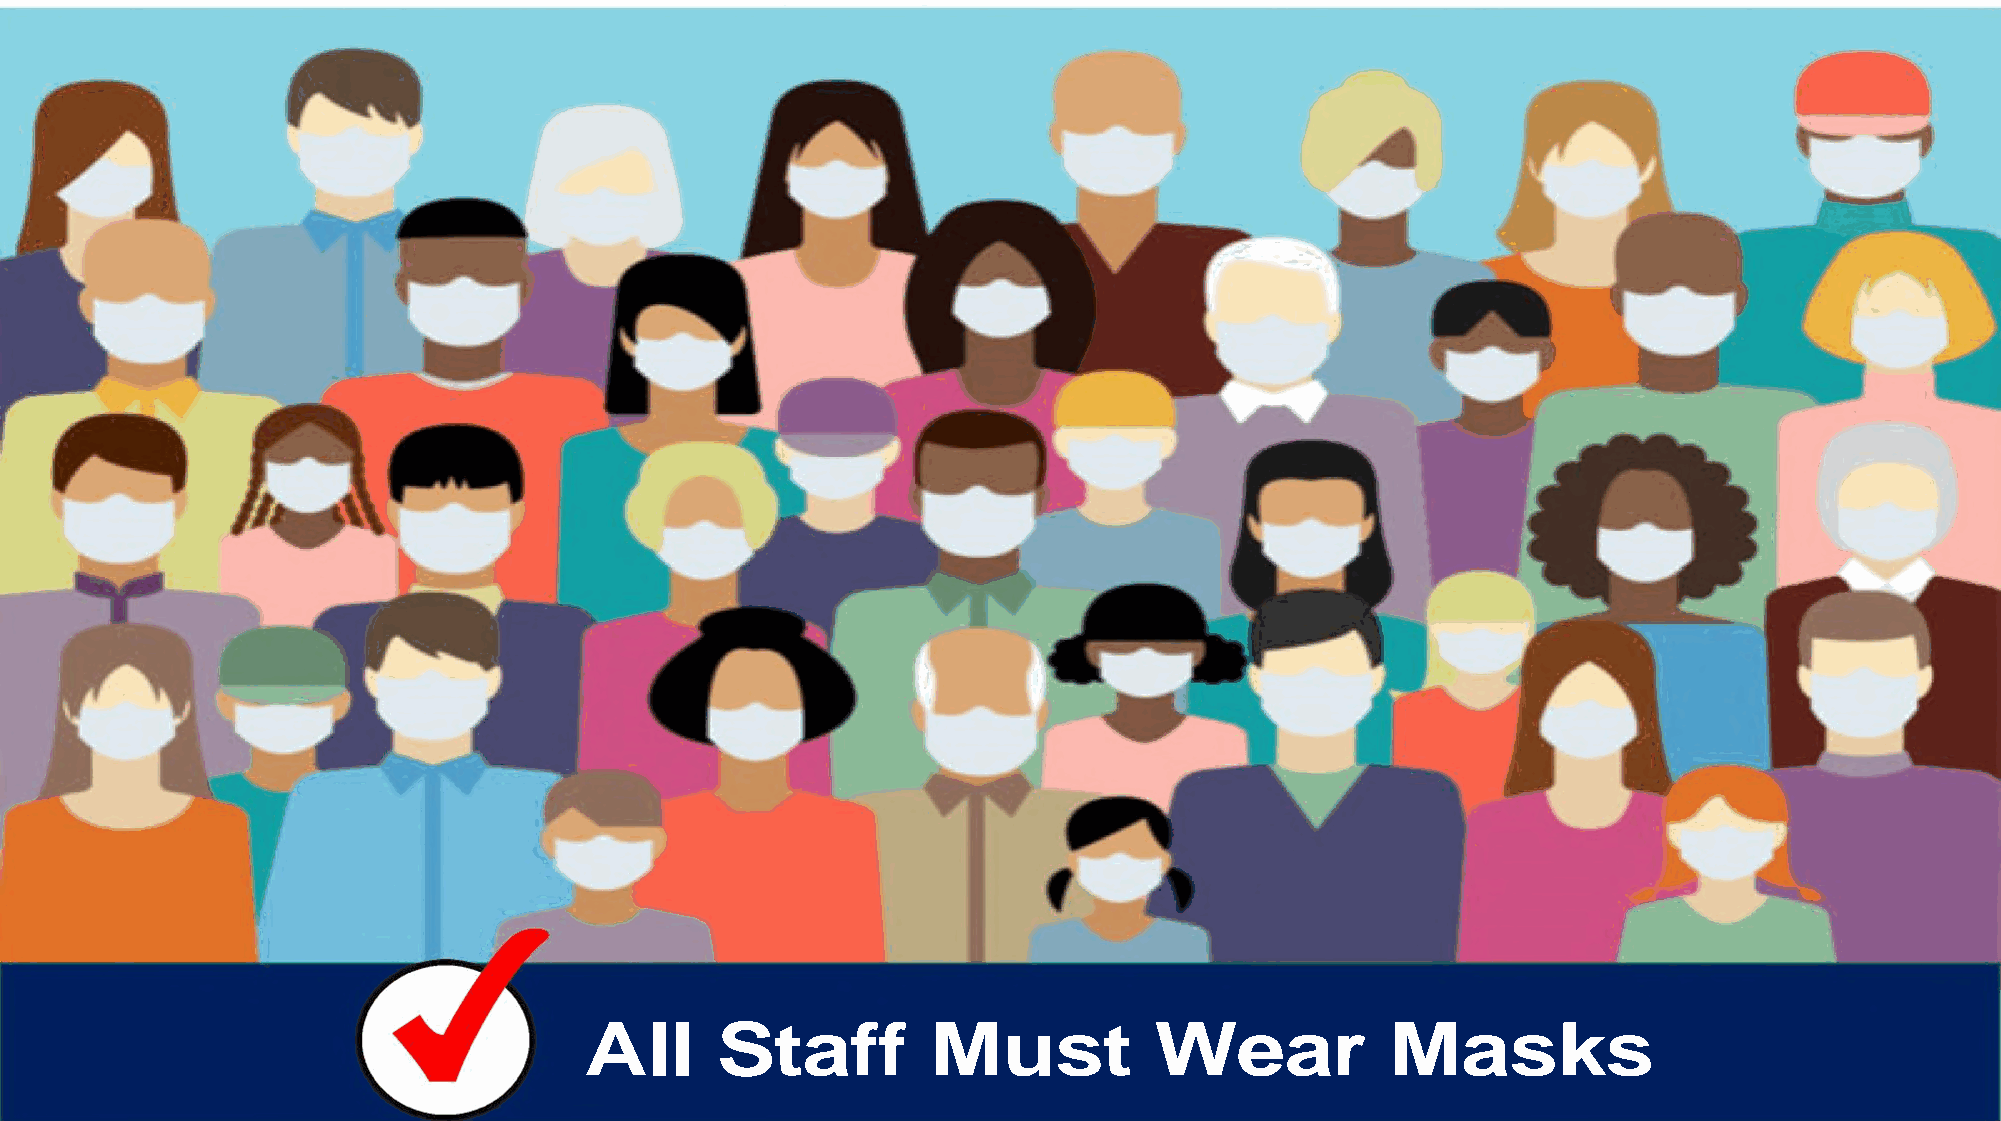
All     Staff          Must          Wear            Masks